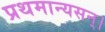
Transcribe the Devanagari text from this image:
प्रथमान्यसन्।